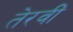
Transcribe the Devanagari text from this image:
तेरवीं